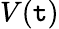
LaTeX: V(\mathtt{t})